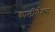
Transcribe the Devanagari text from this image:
कालीमैक्स